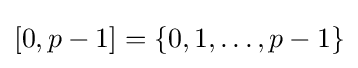
[0,p-1]=\{0,1,\ldots ,p-1\}